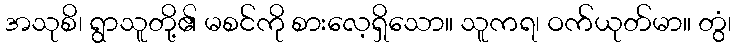
အသုစိ၊ ရွာသူတို့၏ မစင်ကို စားလေ့ရှိသော။ သူကရ၊ ဝက်ယုတ်မာ။ တွံ၊